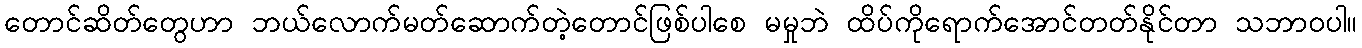
တောင်ဆိတ်တွေဟာ ဘယ်လောက်မတ်ဆောက်တဲ့တောင်ဖြစ်ပါစေ မမှုဘဲ ထိပ်ကိုရောက်အောင်တတ်နိုင်တာ သဘာဝပါ။